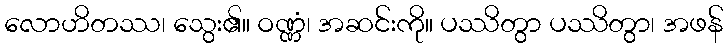
လောဟိတဿ၊ သွေး၏။ ဝဏ္ဏံ၊ အဆင်းကို။ ပဿိတွာ ပဿိတွာ၊ အဖန်